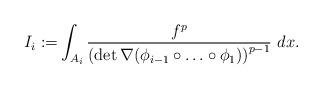
LaTeX: \begin{align*}I_i:=&\int_{A_i}\frac{ f^p}{\left(\det \nabla (\phi_{i-1} \circ \ldots \circ \phi_1)\right)^{p-1}}~dx.\end{align*}